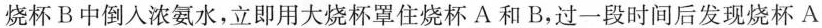
烧杯B中倒入浓氨水，立即用大烧杯罩住烧杯A和B，过一段时间后发现烧杯A